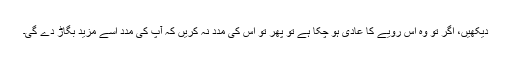
دیکھیں، اگر تو وہ اس رویے کا عادی ہو چکا ہے تو پھر تو اس کی مدد نہ کریں کہ آپ کی مدد اسے مزید بگاڑ دے گی۔